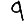
Digit: 9